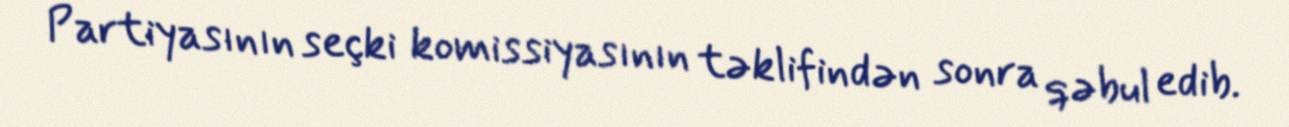
Partiyasının seçki komissiyasının təklifindən sonra qəbul edib.